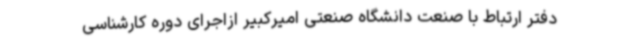
دفتر ارتباط با صنعت دانشگاه صنعتی امیرکبیر ازاجرای دوره کارشناسی